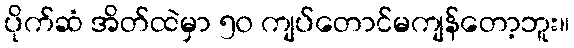
ပိုက်ဆံ အိတ်ထဲမှာ ၅၀ ကျပ်တောင်မကျန်တော့ဘူး။